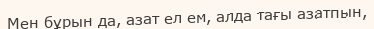
Мен бұрын да, азат ел ем, алда тағы азатпын,